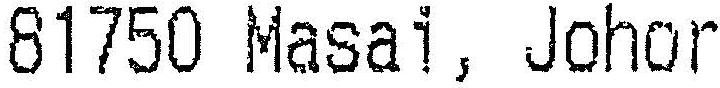
8175 MASAI, JOHOR